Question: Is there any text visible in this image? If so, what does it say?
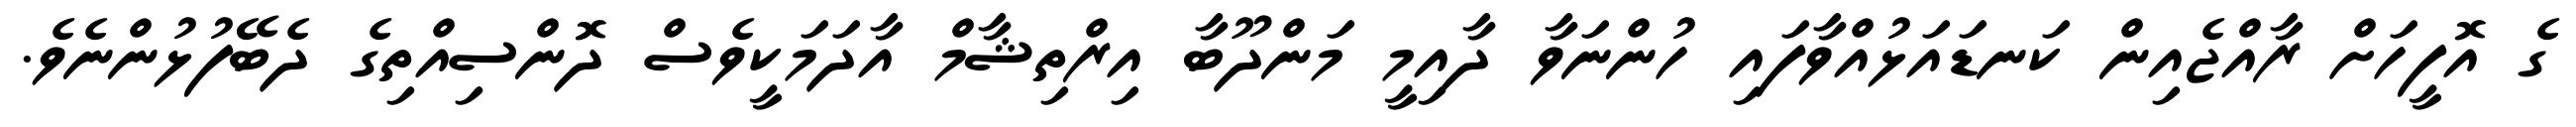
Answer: ގެ އޮފީހަށް ރާއްޖެއިން ކަނޑައަޅުއްވާފައި ހުންނަވާ ދާއިމީ މަންދޫބާ އިރްތިޝާމް އާދަމަކީވެސް ދޮންސިއްތިގެ ދެބޭފުޅުންނެވެ.